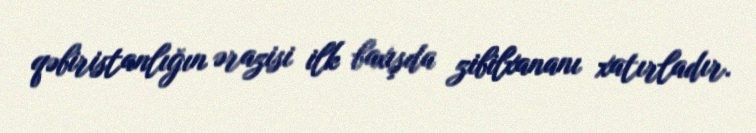
qəbiristanlığın ərazisi ilk baxışda zibilxananı xatırladır.